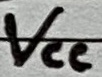
Text: VCC